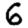
Digit: 6